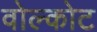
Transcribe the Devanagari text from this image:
वोल्कोट